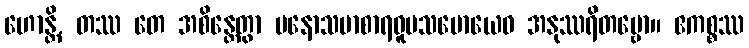
ဟောန္တိ, တဿ တေ အစိန္တေတွာ မနောသမာစာရဝူပသမောယေဝ အနုဿရိတဗ္ဗော။ ဧကစ္စဿ